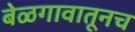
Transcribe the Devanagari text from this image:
बेळगावातूनच